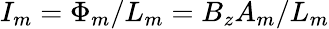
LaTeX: I_{m}=\Phi_{m}/L_{m}=B_{z}A_{m}/L_{m}